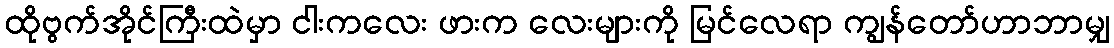
ထိုဗွက်အိုင်ကြီးထဲမှာ ငါးကလေး ဖားက လေးများကို မြင်လေရာ ကျွန်တော်ဟာဘာမျှ